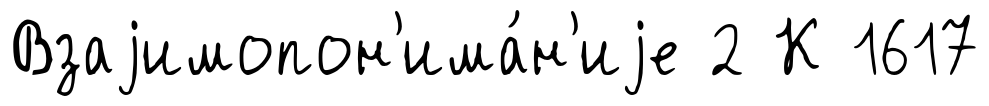
Взаjимопон'има́н'иjе 2 К 1617